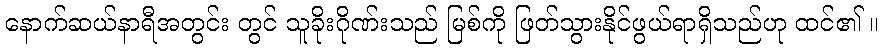
နောက်ဆယ်နာရီအတွင်း တွင် သူခိုးဂိုဏ်းသည် မြစ်ကို ဖြတ်သွားနိုင်ဖွယ်ရာရှိသည်ဟု ထင်၏ ။